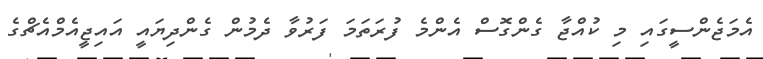
އެމަޖެންސީގައި މި ކުއްޖާ ގެންގޮސް އެންމެ ފުރަތަމަ ފަރުވާ ދެމުން ގެންދިޔައީ އައިޖީއެމްއެޗްގެ